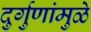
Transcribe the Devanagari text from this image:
दुर्गुणांमुळे